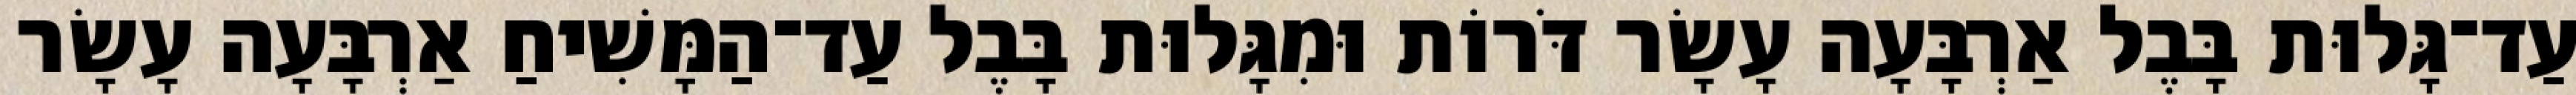
עַד־גָּלוּת בָּבֶל אַרְבָּעָה עָשָׂר דֹּרוֹת וּמִגָּלוּת בָּבֶל עַד־הַמָּשִׁיחַ אַרְבָּעָה עָשָׂר